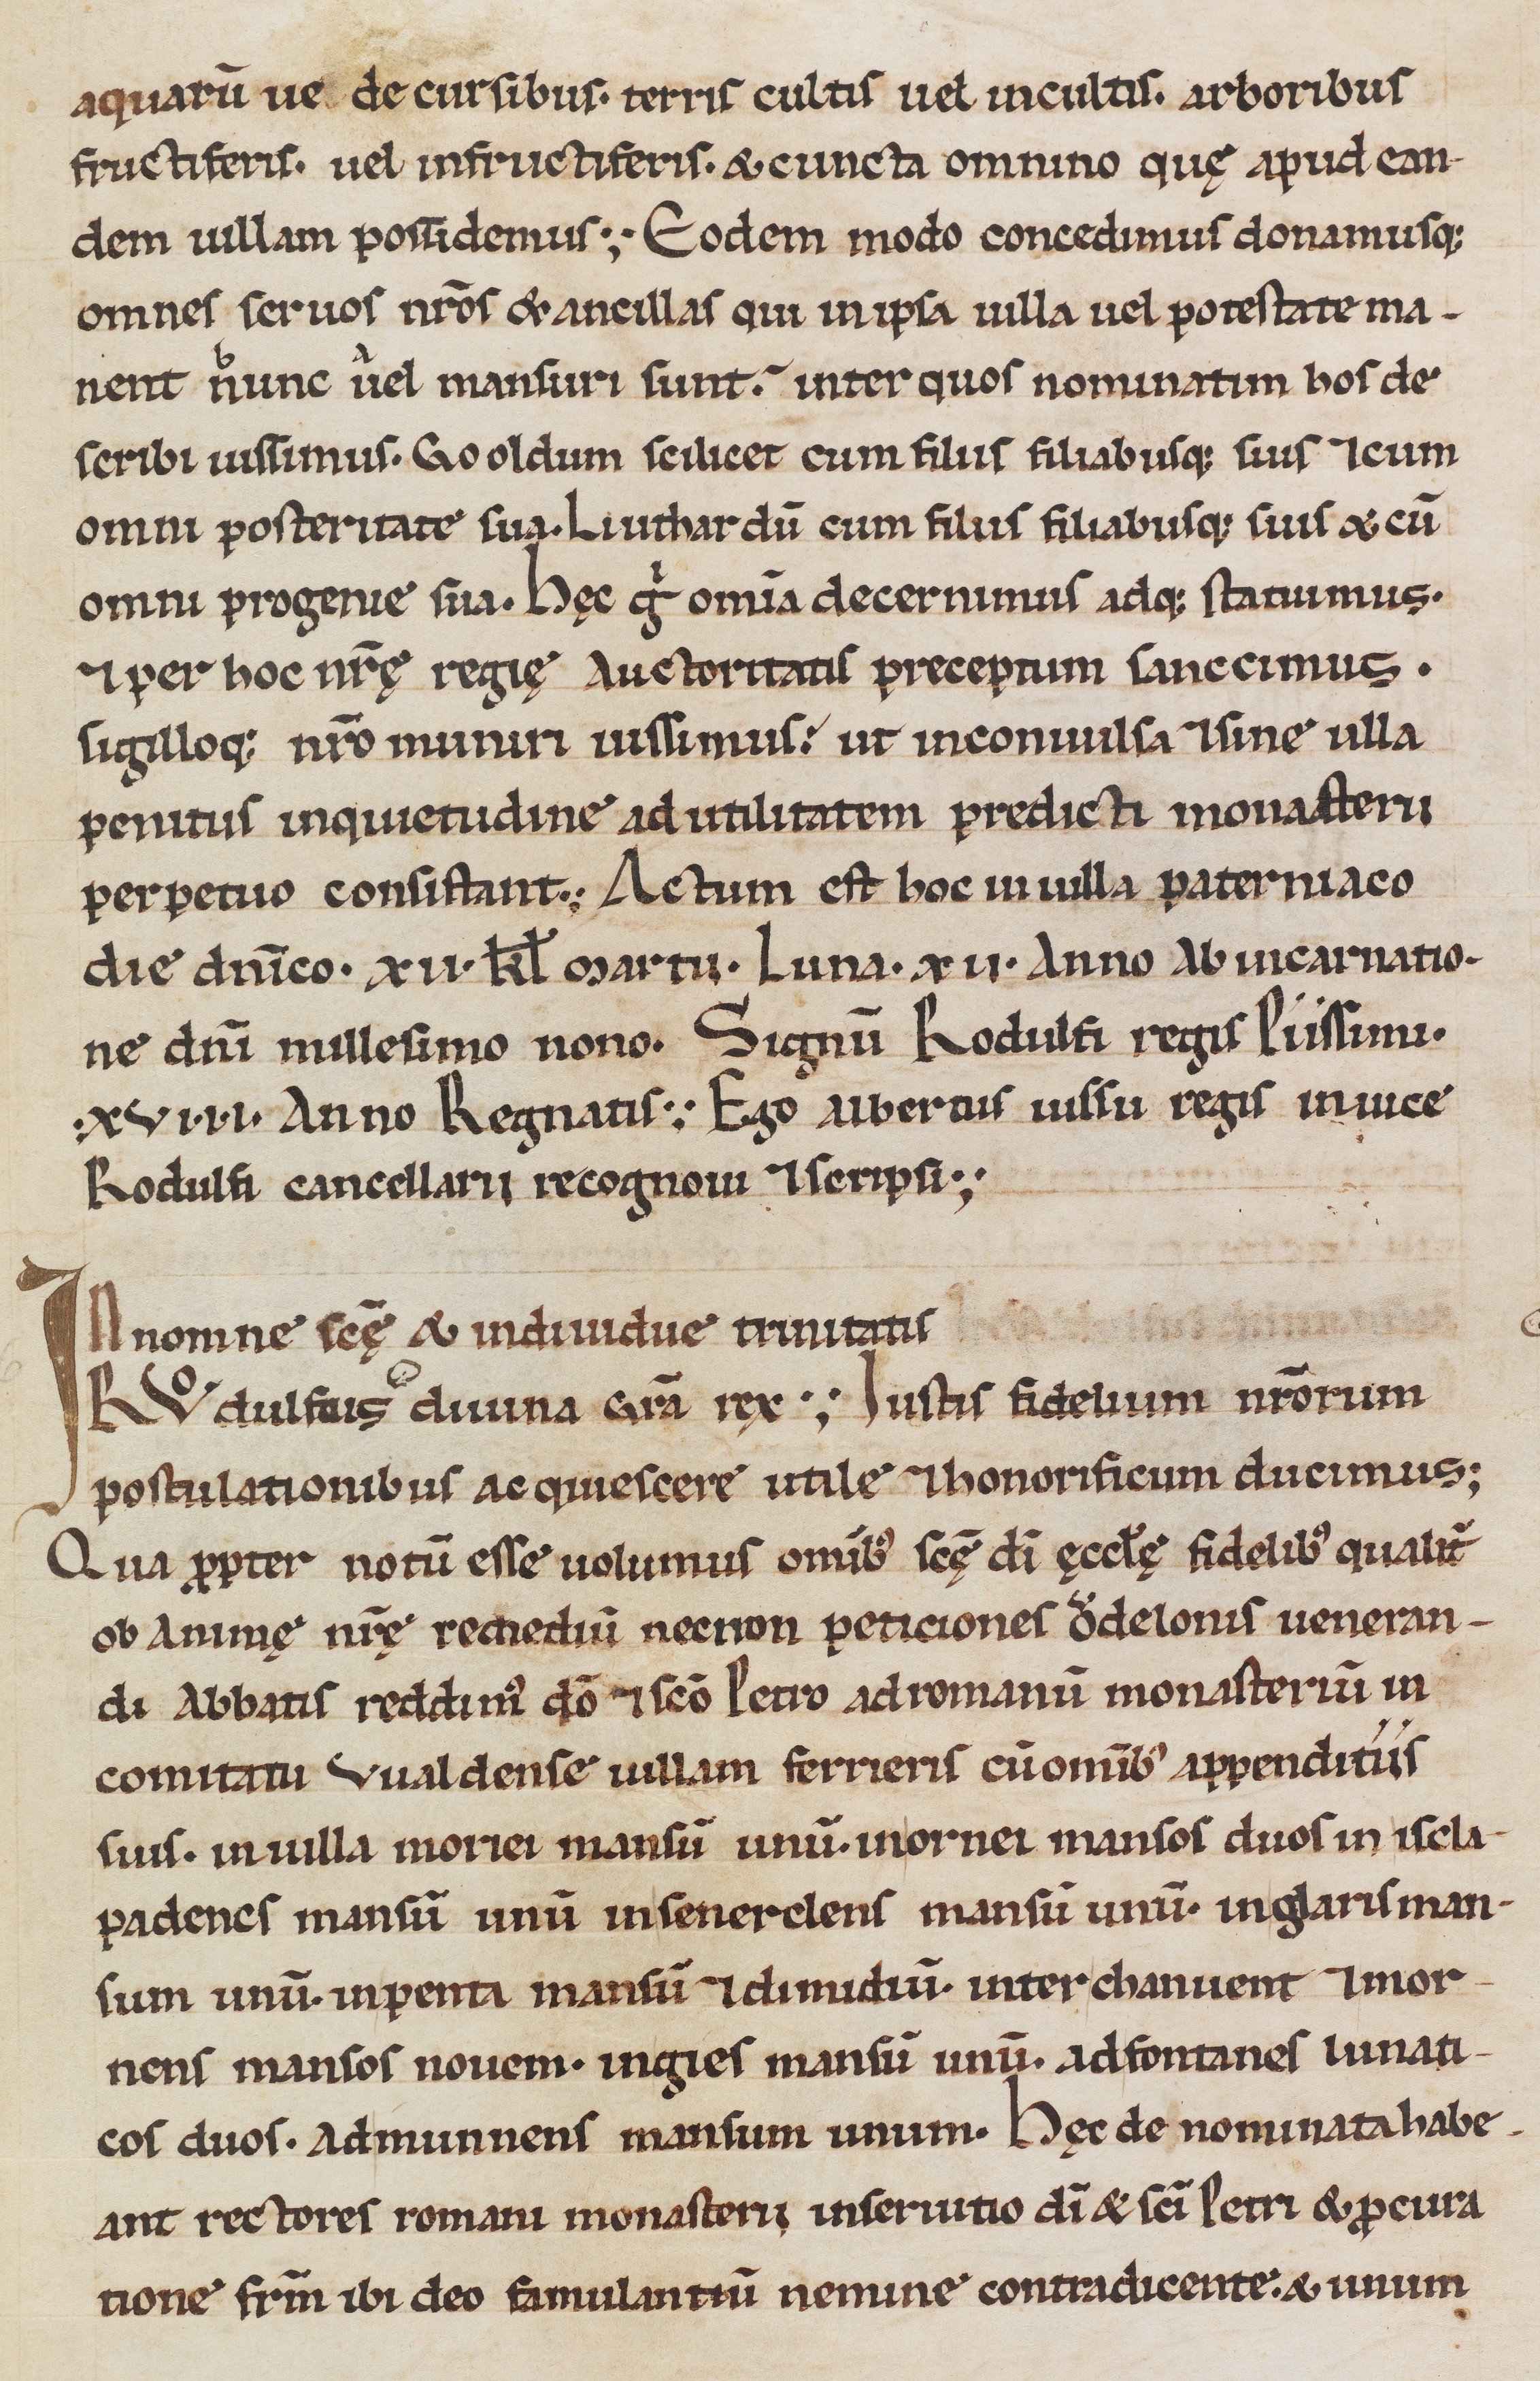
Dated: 1100–1315